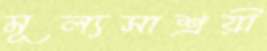
মূল্যসাশ্রয়ী